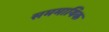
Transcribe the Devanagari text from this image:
सममायिक